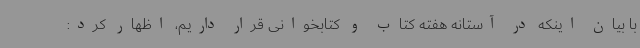
با بیان اینکه در آستانه هفته کتاب و کتابخوانی قرار داریم، اظهار کرد: